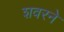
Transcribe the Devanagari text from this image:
शवरने